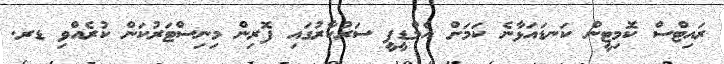
ރައިޓްސް ކޮމިޓީން ކަނޑައަޅާނެ ކަމަށް އެމްޑީޕީ ސަރުކާރުގައި ފޮރިން މިނިސްޓަރުކަން ކުރެއްވި ޑރ.